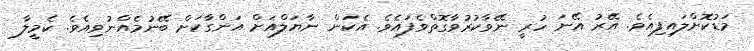
މަޑުކޮށްލައިފިއެވެ. އޭރު އޭނަ ހުރީ ނޭވާކުރުވާގޮތްވެފައެވެ. އެކަން ނާޔަލްއަށް އަންގާކަށް ބޭނުމެއްނުވިއެވެ. ކެމީލާ